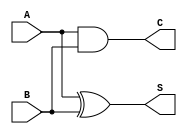
module conditional_half_adder (
    input wire A,  // Input 1
    input wire B,  // Input 2
    output wire S, // Sum output
    output wire C  // Carry output
);

// Sum is the result of A XOR B
assign S = A ^ B;

// Carry is the result of A AND B
assign C = A & B;

endmodule